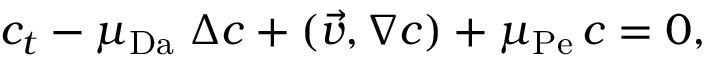
c _ { t } - \mu _ { \mathrm { D a } } \; \Delta c + ( \vec { v } , \nabla c ) + \mu _ { \mathrm { P e } } \, c = 0 ,